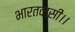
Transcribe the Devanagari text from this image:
भारतवासी।।